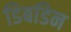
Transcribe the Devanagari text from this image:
डिबडिन